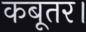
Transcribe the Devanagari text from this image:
कबूतर।